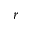
r